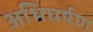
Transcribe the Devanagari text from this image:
अभिघर्षण